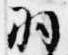
羽